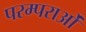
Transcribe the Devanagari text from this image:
परम्‍पराओं